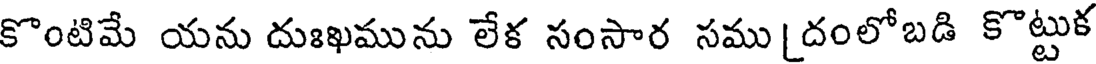
కొంటిమే యను దుఃఖమును లేక సంసార సము[దంలోబడి కొట్టుక